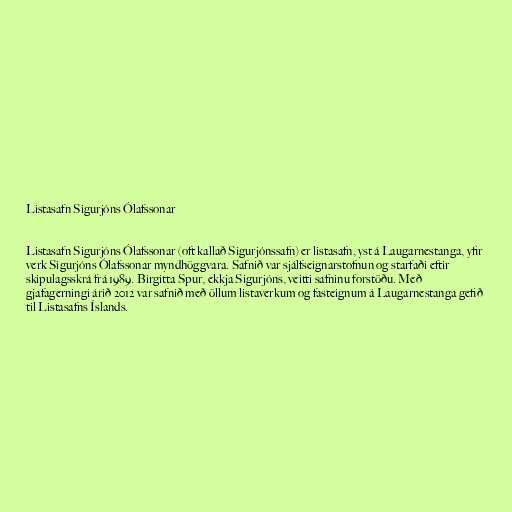
Listasafn Sigurjóns Ólafssonar

Listasafn Sigurjóns Ólafssonar (oft kallað Sigurjónssafn) er listasafn, yst á Laugarnestanga, yfir
verk Sigurjóns Ólafssonar myndhöggvara. Safnið var sjálfseignarstofnun og starfaði eftir
skipulagsskrá frá 1989. Birgitta Spur, ekkja Sigurjóns, veitti safninu forstöðu. Með
gjafagerningi árið 2012 var safnið með öllum listaverkum og fasteignum á Laugarnestanga gefið
til Listasafns Íslands.